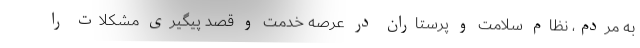
به مردم، نظام سلامت و پرستاران در عرصه خدمت و قصد پیگیری مشکلات را